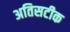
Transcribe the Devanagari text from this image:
अतिसटीक